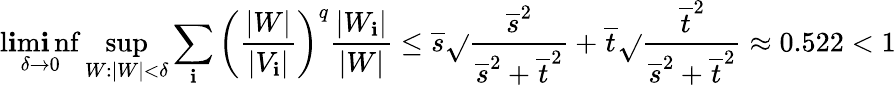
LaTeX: \operatorname*{l\mathbf{i}m\mathbf{i}nf}_{\delta\to0}\operatorname*{sup}_{W:|W|<\delta}\sum_{\mathbf{i}}\left(\frac{{|W|}}{{|V_{\mathbf{i}}|}}\right)^{q}\frac{{|W_{\mathbf{i}}|}}{{|W|}}\leq\overline{{{s}}}\sqrt{}{{\frac{{\overline{{{s}}}^{2}}}{{\overline{{{s}}}^{2}+\overline{{{t}}}^{2}}}}}+\overline{{{t}}}\sqrt{}{{\frac{{\overline{{{t}}}^{2}}}{{\overline{{{s}}}^{2}+\overline{{{t}}}^{2}}}}}\approx0.522<1